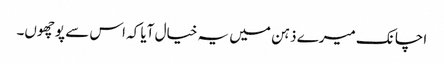
اچانک میرے ذہن میں یہ خیال آیا کہ اس سے پوچھوں۔